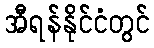
အီရန်နိုင်ငံတွင်